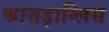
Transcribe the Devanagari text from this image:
कासड़ाग्लिस